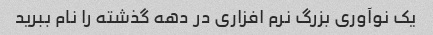
یک نوآوری بزرگ نرم افزاری در دهه گذشته را نام ببرید